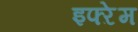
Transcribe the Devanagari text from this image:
इफ्ऱेम